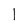
Character: I